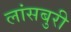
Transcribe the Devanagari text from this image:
लांसबुरी